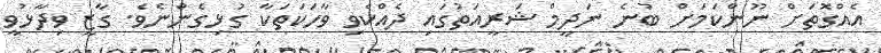
އެއްގޮތަށް ނޫންކަމަށް ބުނެ ނަދީމް ޝަރީއަތުގައި ދެއްކެވި ވާހަކަތަކާ ގުޅިގެންނެވެ. ގާޒީ ވިދާޅުވީ